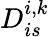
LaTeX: D_{is}^{i,k}